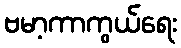
ဗမာ့ကာကွယ်ရေး